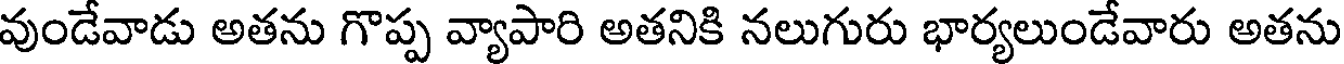
వుండేవాడు అతను గొప్ప వ్యాపారి అతనికి నలుగురు భార్యలుండేవారు అతను